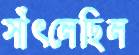
সাঁৎলেছিল